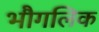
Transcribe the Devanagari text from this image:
भौगलिक